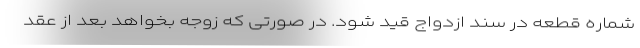
شماره قطعه در سند ازدواج قید شود. در صورتی که زوجه بخواهد بعد از عقد